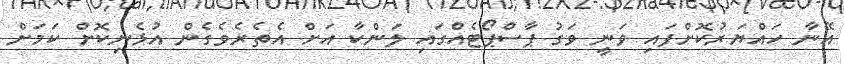
އޭނާ ހައްޔަރުކޮށްފައި ވަނީ ވަގު ޕާސްޕޯޓެއްގައި ލަންކާ އަށް އެތެރެވެގެން އުޅެނިކޮށް ކަމަށް